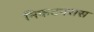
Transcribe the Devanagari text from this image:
निकटपरास